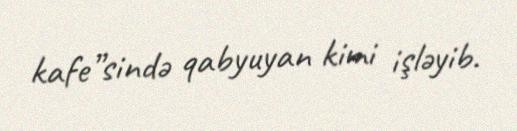
kafe”sində qabyuyan kimi işləyib.